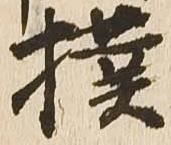
撲